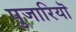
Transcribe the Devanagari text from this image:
पुजारियॊ